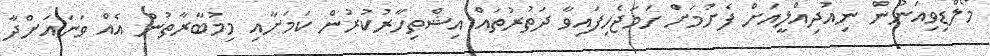
މޯލްޑިވިއަނުން ނިއުދިއްލީއަށް ފެށުމަށް ހަމަޖެހިފައިވާ ދަތުރުތައް އިޝްތިހާރުކުރުން ކަމަށާއި މިމުބާރާތުން އެއް ވަނައަށްދާ